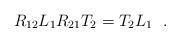
LaTeX: \begin{align*}R_{12}L_{1}R_{21}T_{2}=T_{2}L_{1}~~. \end{align*}